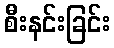
စီးနင်းခြင်း